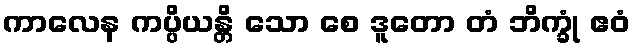
ကာလေန ကပ္ပိယန္တိ သော စေ ဒူတော တံ ဘိက္ခုံ ဧဝံ